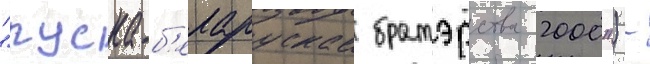
"руска-б'еларускае братэрства 2000") -